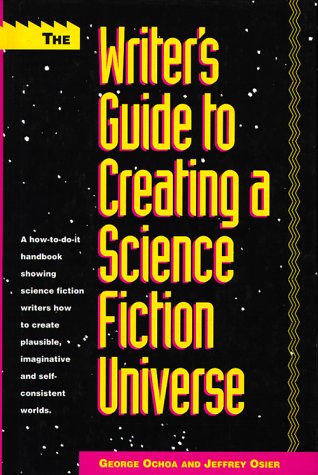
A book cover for The Writer's Guide to Creating a Science Fiction Universe; George Ochoa; Science Fiction & Fantasy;